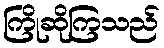
ကြိုဆိုကြသည်